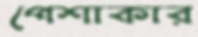
পেশাকার